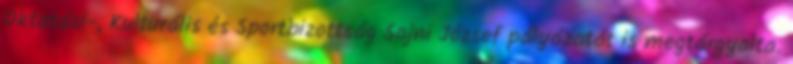
Oktatási-, Kulturális és Sportbizottság Sajni József pályázatát is megtárgyalta.